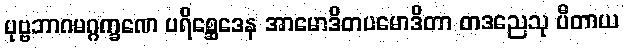
ပုဗ္ဗဘာဂမဂ္ဂက္ခဏေ ပရိစ္ဆေဒေန အာမောဒိတပမောဒိတာ တဒညေသု ပီတာယ